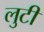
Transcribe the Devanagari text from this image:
लुटी